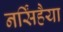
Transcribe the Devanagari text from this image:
नर्सिंहैया